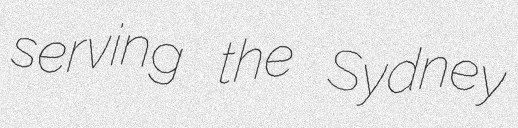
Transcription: serving the Sydney